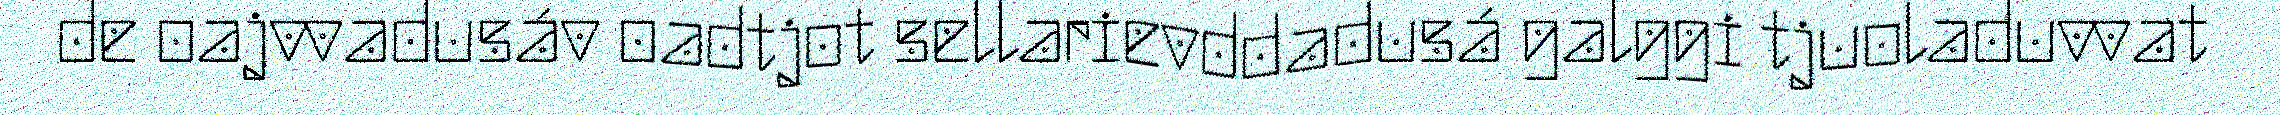
de oajvvadusáv oadtjot sellarievddadusá galggi tjuoladuvvat